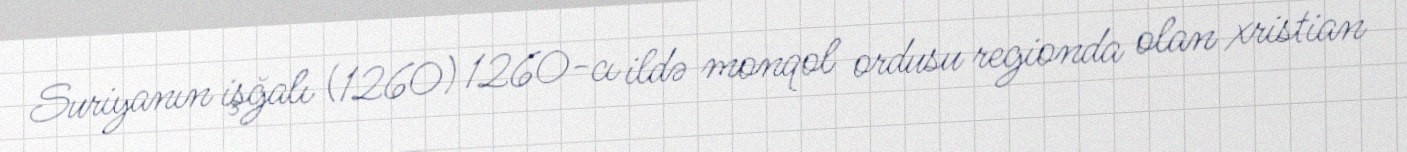
Suriyanın işğalı (1260) 1260-cı ildə monqol ordusu regionda olan xristian